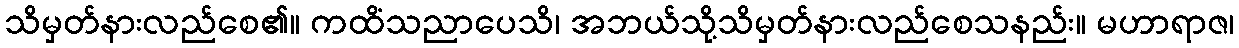
သိမှတ်နားလည်စေ၏။ ကထိံသညာပေသိ၊ အဘယ်သို့သိမှတ်နားလည်စေသနည်း။ မဟာရာဇ၊